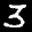
Label: 3